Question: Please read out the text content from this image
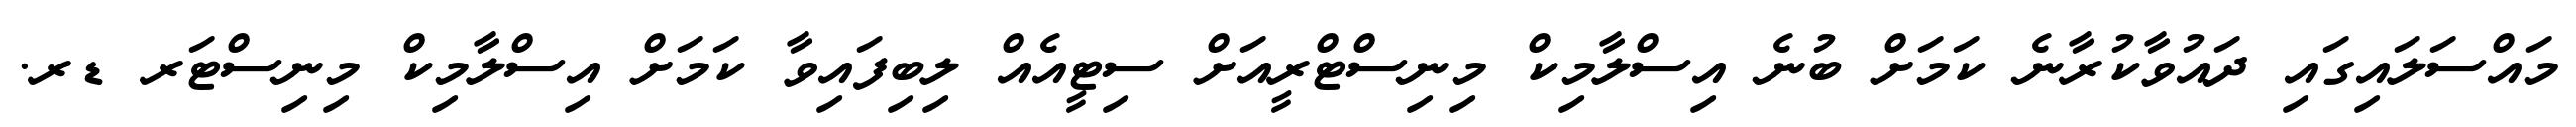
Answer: މައްސަލައިގައި ދައުވާކުރާނެ ކަމަށް ބުނެ އިސްލާމިކް މިނިސްޓްރީއަށް ސިޓީއެއް ލިބިފައިވާ ކަމަށް އިސްލާމިކް މިނިސްޓަރ ޑރ.